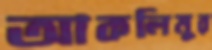
আকলিমুর